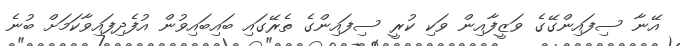
އޭނާ ސިފައިންގޭގެ ވަޒީފާއިން ވަކި ކުރީ ސިފައިންގެ ތެރޭގައި ބައިބައިވުން އުފެދިފައިވާކަމަށް ބުނެ